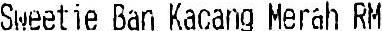
SWEETIE BAN KACANG MERAH RM